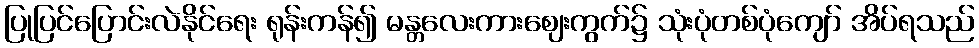
ပြုပြင်ပြောင်းလဲနိုင်ရေး ရုန်းကန်၍ မန္တလေးကားဈေးကွက်၌ သုံးပုံတစ်ပုံကျော် အိပ်ရသည်